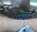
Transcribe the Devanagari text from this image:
पधी